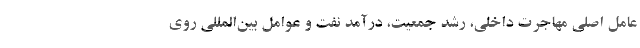
عامل اصلی مهاجرت داخلی، رشد جمعیت، درآمد نفت و عوامل بین‌المللی روی